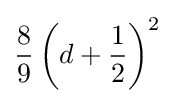
{\frac {8}{9}}\left(d+{\frac {1}{2}}\right)^{2}